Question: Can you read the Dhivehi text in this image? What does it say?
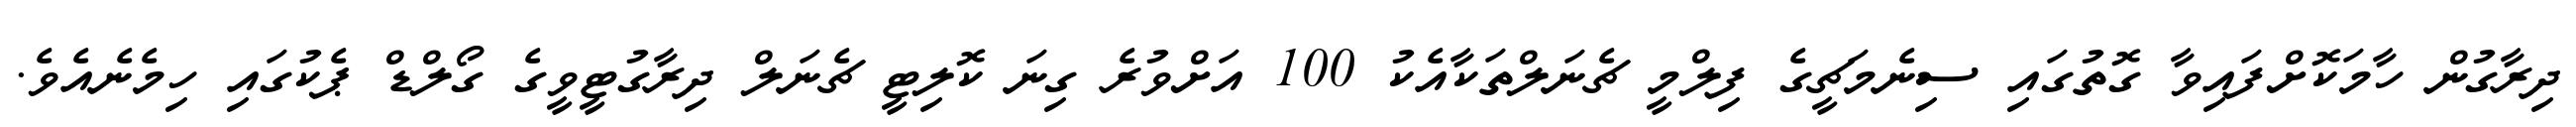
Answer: ދިރާގުން ހާމަކޮށްފައިވާ ގޮތުގައި ސިނެމަޗީގެ ފިލްމީ ޗެނަލްތަކާއެކު 100 އަށްވުރެ ގިނަ ކޮލިޓީ ޗެނަލް ދިރާގުޓީވީގެ ގޯލްޑް ޕެކުގައި ހިމެނެއެވެ.